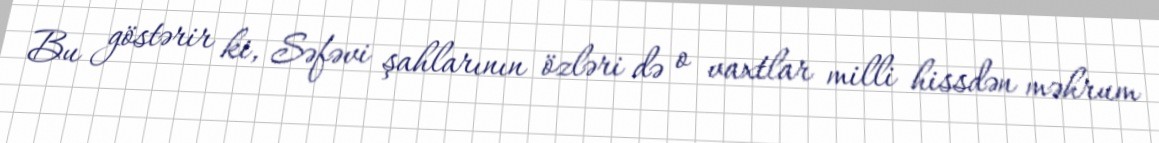
Bu göstərir ki, Səfəvi şahlarının özləri də o vaxtlar milli hissdən məhrum